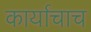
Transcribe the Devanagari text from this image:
कार्याचाच